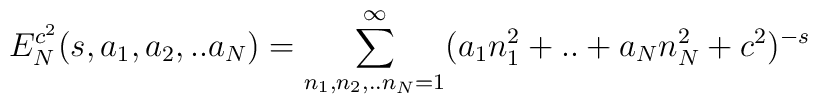
E^{c^{2}}_{N}(s,a_{1},a_{2},..a_{N})=\sum^{\infty}_{n_{1},n_{2},..n_{N}=1}(a_{1}n^{2}_{1}+..+a_{N}n^{2}_{N}+c^{2})^{-s}